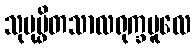
သုပုပ္ဖိတသာလရုက္ခမူလေ